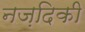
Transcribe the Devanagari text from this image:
नज़दिकी